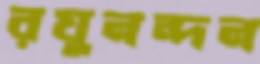
রঘুনন্দন